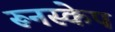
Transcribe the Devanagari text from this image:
रूनस्केप